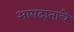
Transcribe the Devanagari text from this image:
आयदानाचे